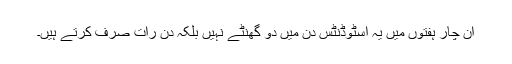
ان چار ہفتوں میں یہ اسٹوڈنٹس دن میں دو گھنٹے نہیں بلکہ دن رات صرف کرتے ہیں۔